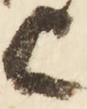
上